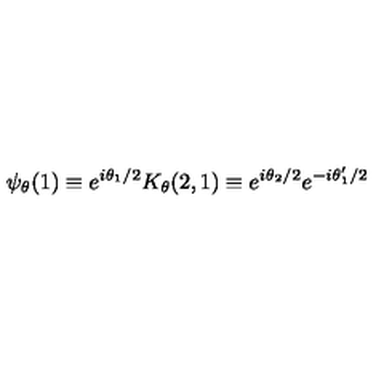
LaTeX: \psi _ { \theta } ( 1 ) \equiv e ^ { i \theta _ { 1 } / 2 } K _ { \theta } ( 2 , 1 ) \equiv e ^ { i \theta _ { 2 } / 2 } e ^ { - i \theta _ { 1 } ^ { \prime } / 2 }